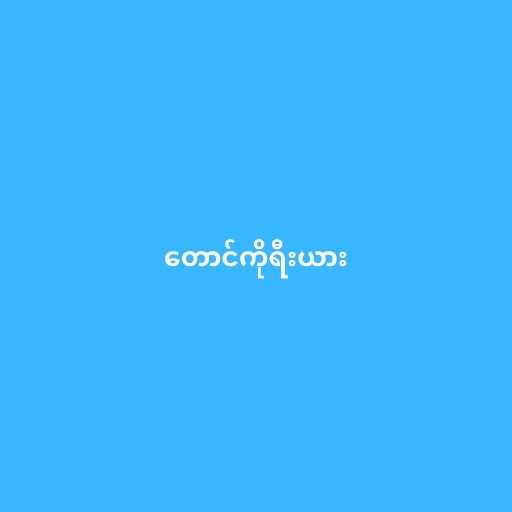
တောင်ကိုရီးယား